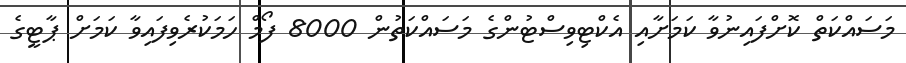
މަސައްކަތް ކޮށްފައިނުވާ ކަމަށާއި އެކްޓިވިސްޓުންގެ މަސައްކަތުން 8000 ފޯމް ހަމަކުރެވިފައިވާ ކަމަށް ޕާޓީގެ